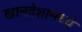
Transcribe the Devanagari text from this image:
खानदेशामध्ये